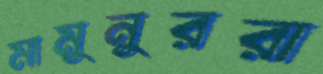
মামুনুররা